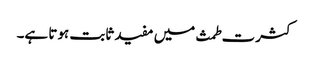
کثرت طمث میں مفید ثابت ہوتا ہے۔